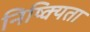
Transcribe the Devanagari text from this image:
निष्क्यिता